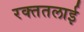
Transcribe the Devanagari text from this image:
रक्‍ततलाई